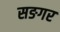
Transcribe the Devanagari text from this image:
सङगर